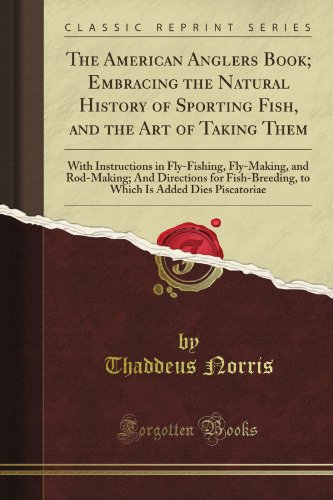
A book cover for The American Angler's Book; Embracing the Natural History of Sporting Fish, and the Art of Taking Them: With Instructions in Fly-Fishing, Fly-Making, ... Is Added Dies Piscatoriae (Classic Reprint); Thaddeus Norris; Science & Math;